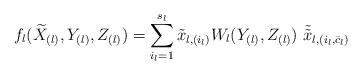
LaTeX: \begin{align*} f_l(\widetilde{X}_{(l)},Y_{(l)},Z_{(l)})=\sum_{i_l=1}^{s_l} \tilde{x}_{l,(i_l)}W_l(Y_{(l)},Z_{(l)}) \ \tilde{\tilde{x}}_{l,(i_l,\bar{c}_l)}\end{align*}